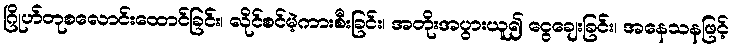
ဂြိုဟ်တုစလောင်းထောင်ခြင်း၊ လိုင်စင်မဲ့ကားစီးခြင်း၊ အတိုးအပွားယူ၍ ငွေချေးခြင်း၊ အနေသနဖြင့်